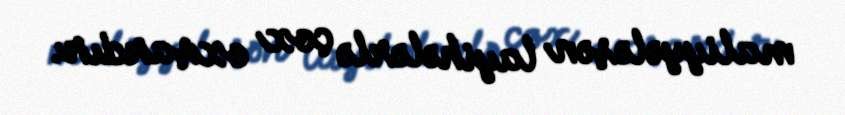
maliyyələşən layihələrlə çox oxşardır.